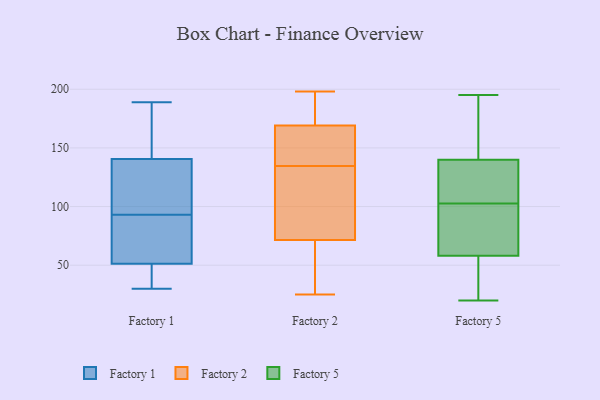
{"axis": {"x": "Market Share (%)", "y": "Value"}, "legend": ["Factory 1", "Factory 2", "Factory 5"], "data": [{"x": "", "y": 59, "type": "Factory 1"}, {"x": "", "y": 55, "type": "Factory 1"}, {"x": "", "y": 145, "type": "Factory 1"}, {"x": "", "y": 93, "type": "Factory 1"}, {"x": "", "y": 39, "type": "Factory 1"}, {"x": "", "y": 189, "type": "Factory 1"}, {"x": "", "y": 40, "type": "Factory 1"}, {"x": "", "y": 74, "type": "Factory 1"}, {"x": "", "y": 139, "type": "Factory 1"}, {"x": "", "y": 94, "type": "Factory 1"}, {"x": "", "y": 146, "type": "Factory 1"}, {"x": "", "y": 30, "type": "Factory 1"}, {"x": "", "y": 94, "type": "Factory 1"}, {"x": "", "y": 168, "type": "Factory 2"}, {"x": "", "y": 130, "type": "Factory 2"}, {"x": "", "y": 82, "type": "Factory 2"}, {"x": "", "y": 61, "type": "Factory 2"}, {"x": "", "y": 52, "type": "Factory 2"}, {"x": "", "y": 139, "type": "Factory 2"}, {"x": "", "y": 112, "type": "Factory 2"}, {"x": "", "y": 191, "type": "Factory 2"}, {"x": "", "y": 113, "type": "Factory 2"}, {"x": "", "y": 190, "type": "Factory 2"}, {"x": "", "y": 170, "type": "Factory 2"}, {"x": "", "y": 161, "type": "Factory 2"}, {"x": "", "y": 90, "type": "Factory 2"}, {"x": "", "y": 58, "type": "Factory 2"}, {"x": "", "y": 25, "type": "Factory 2"}, {"x": "", "y": 146, "type": "Factory 2"}, {"x": "", "y": 198, "type": "Factory 2"}, {"x": "", "y": 40, "type": "Factory 2"}, {"x": "", "y": 172, "type": "Factory 2"}, {"x": "", "y": 162, "type": "Factory 2"}, {"x": "", "y": 58, "type": "Factory 5"}, {"x": "", "y": 54, "type": "Factory 5"}, {"x": "", "y": 118, "type": "Factory 5"}, {"x": "", "y": 120, "type": "Factory 5"}, {"x": "", "y": 20, "type": "Factory 5"}, {"x": "", "y": 87, "type": "Factory 5"}, {"x": "", "y": 188, "type": "Factory 5"}, {"x": "", "y": 195, "type": "Factory 5"}, {"x": "", "y": 64, "type": "Factory 5"}, {"x": "", "y": 140, "type": "Factory 5"}]}